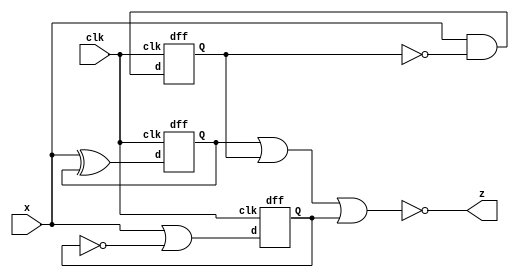
module top_module (
    input clk,
    input x,
    output z
); 
    
    wire [2:0] d, q;
    
    assign d = {{x | ~q[2]}, {x & ~q[1]}, {x ^ q[0]}};
    
    dff dff0 [2:0] (d, clk, q);

    assign z = ~(q[0] | q[1] | q[2]);

endmodule

module dff (
    input d,
    input clk,
    output reg Q);
    
    always @(posedge clk) begin
        Q <= d;
    end
        
endmodule